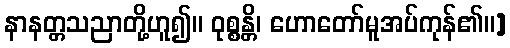
နာနတ္တသညာတို့ဟူ၍။ ဝုစ္စန္တိ၊ ဟောတော်မူအပ်ကုန်၏။]